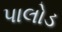
પાલોડ